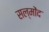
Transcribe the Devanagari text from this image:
सल्मोंद